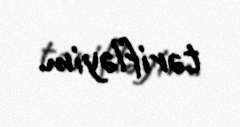
tərifləyim.